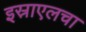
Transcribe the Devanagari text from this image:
इस्राएलचा